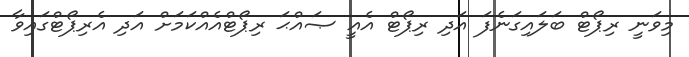
މިވަނީ ރިޕޯޓް ބަލައިގަނެފަ އަދި ރިޕޯޓް އެއީ ޞައްޙަ ރިޕޯޓްއެއްކަމަށް އަދި އެރިޕޯޓްގައިވާ